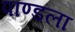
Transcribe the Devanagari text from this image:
पाण्डला